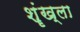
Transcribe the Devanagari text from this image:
शॄंख्ला